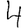
Digit: 4